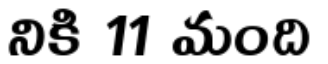
నికి 11 మంది